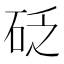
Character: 砭